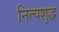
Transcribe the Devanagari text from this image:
नित्यशुद्ध